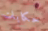
حكايات